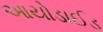
આયોડાઈડ